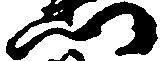
門